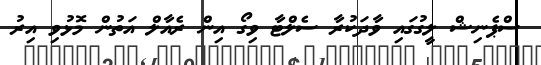
ސްޕެނިޝް ލީގުގައި ވާދަކުރާ ސެލްޓާ ވިގޯ އިން ރެއާލް އަތުން މޮޅުވި އިރު